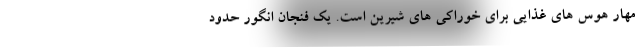
مهار هوس های غذایی برای خوراکی های شیرین است. یک فنجان انگور حدود